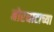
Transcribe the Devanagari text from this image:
बोरघाटाच्या